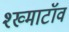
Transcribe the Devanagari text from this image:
श्ख्माटॉव